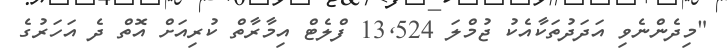
"މިދެންނެވި އަދަދުތަކާއެކު ޖުމްލަ 13